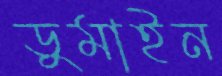
ডুমাইন